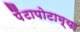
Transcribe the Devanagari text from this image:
पैंटापोटाम्या